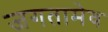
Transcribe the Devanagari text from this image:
जगतामेव